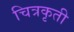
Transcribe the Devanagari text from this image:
चित्रकृती